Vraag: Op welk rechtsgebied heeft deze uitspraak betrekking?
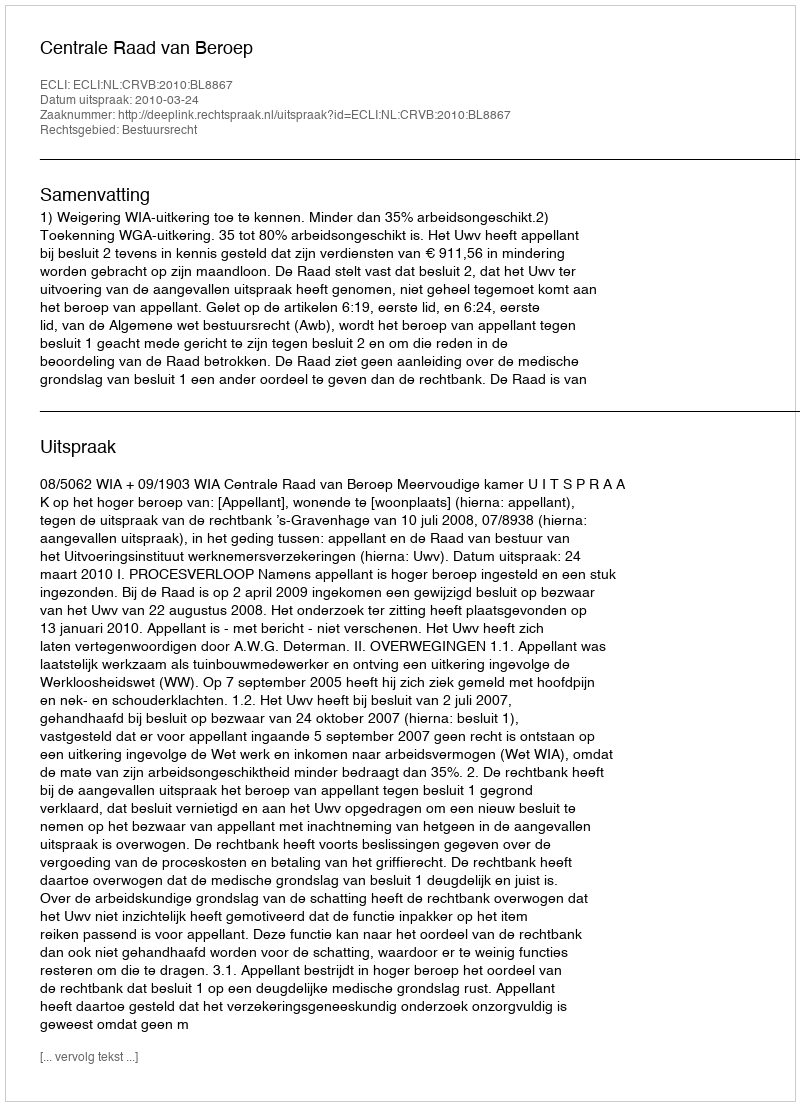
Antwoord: Bestuursrecht